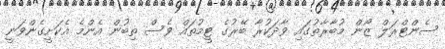
ސެންޓްރަލް ޒޯން މުބާރާތުގައި ވާދަކުރާ ބޭރުގެ ޓީމުތައް ވެސް ތިބުން އެންމެ އެކަށީގެންވަނީ